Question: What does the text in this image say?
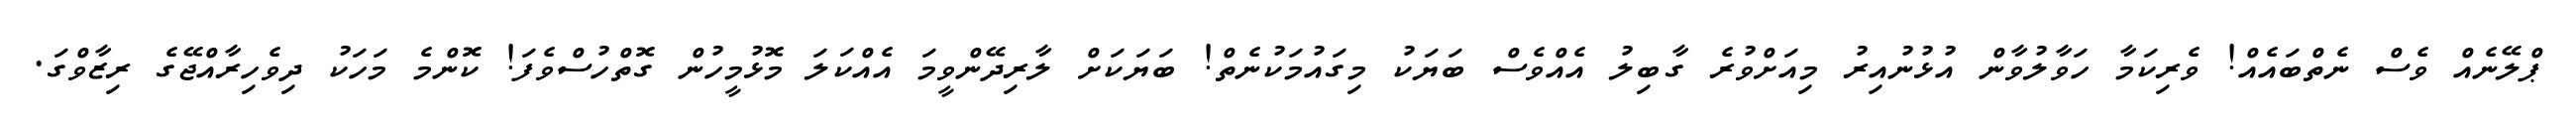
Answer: ޕްލޭނެއް ވެސް ނެތްބައެއް! ވެރިކަމާ ހަވާލުވާން އުޅުނުއިރު މިއަށްވުރެ ގާބިލު އެއްވެސް ބަޔަކު މިގައުމަކުނެތް! ބަޔަކަށް ލާރިދޭންވީމަ އެއްކަލަ މޮޅުމީހުން ގޮތްހުސްވެފަ! ކޮންމެ މަހަކު ދިވެހިރާއްޖޭގެ ރިޒާވްގަ.